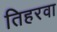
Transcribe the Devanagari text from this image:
तिहरवा